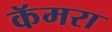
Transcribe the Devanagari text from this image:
कॅमरा